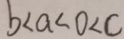
b < a < 0 < c